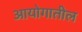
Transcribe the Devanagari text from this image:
आयोगातील